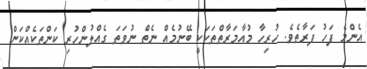
އެންމެ ފަހު ފަރާތެވެ. ހުރިހާ މުއާމަރާތްތަކަކީ ބޭނުމެެއް ނެތް ނުވަތަ ގެއްލުންހުރި ކަންތަކެއްކަން